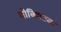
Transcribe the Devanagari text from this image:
धोबियउवा